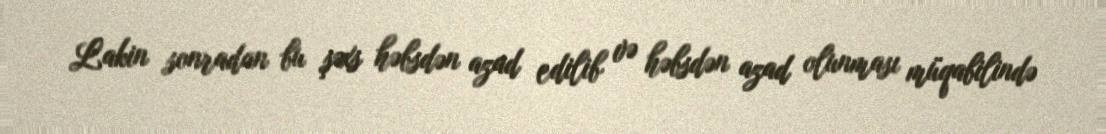
Lakin sonradan bu şəxs həbsdən azad edilib və həbsdən azad olunması müqabilində